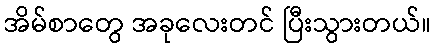
အိမ်စာတွေ အခုလေးတင် ပြီးသွားတယ်။